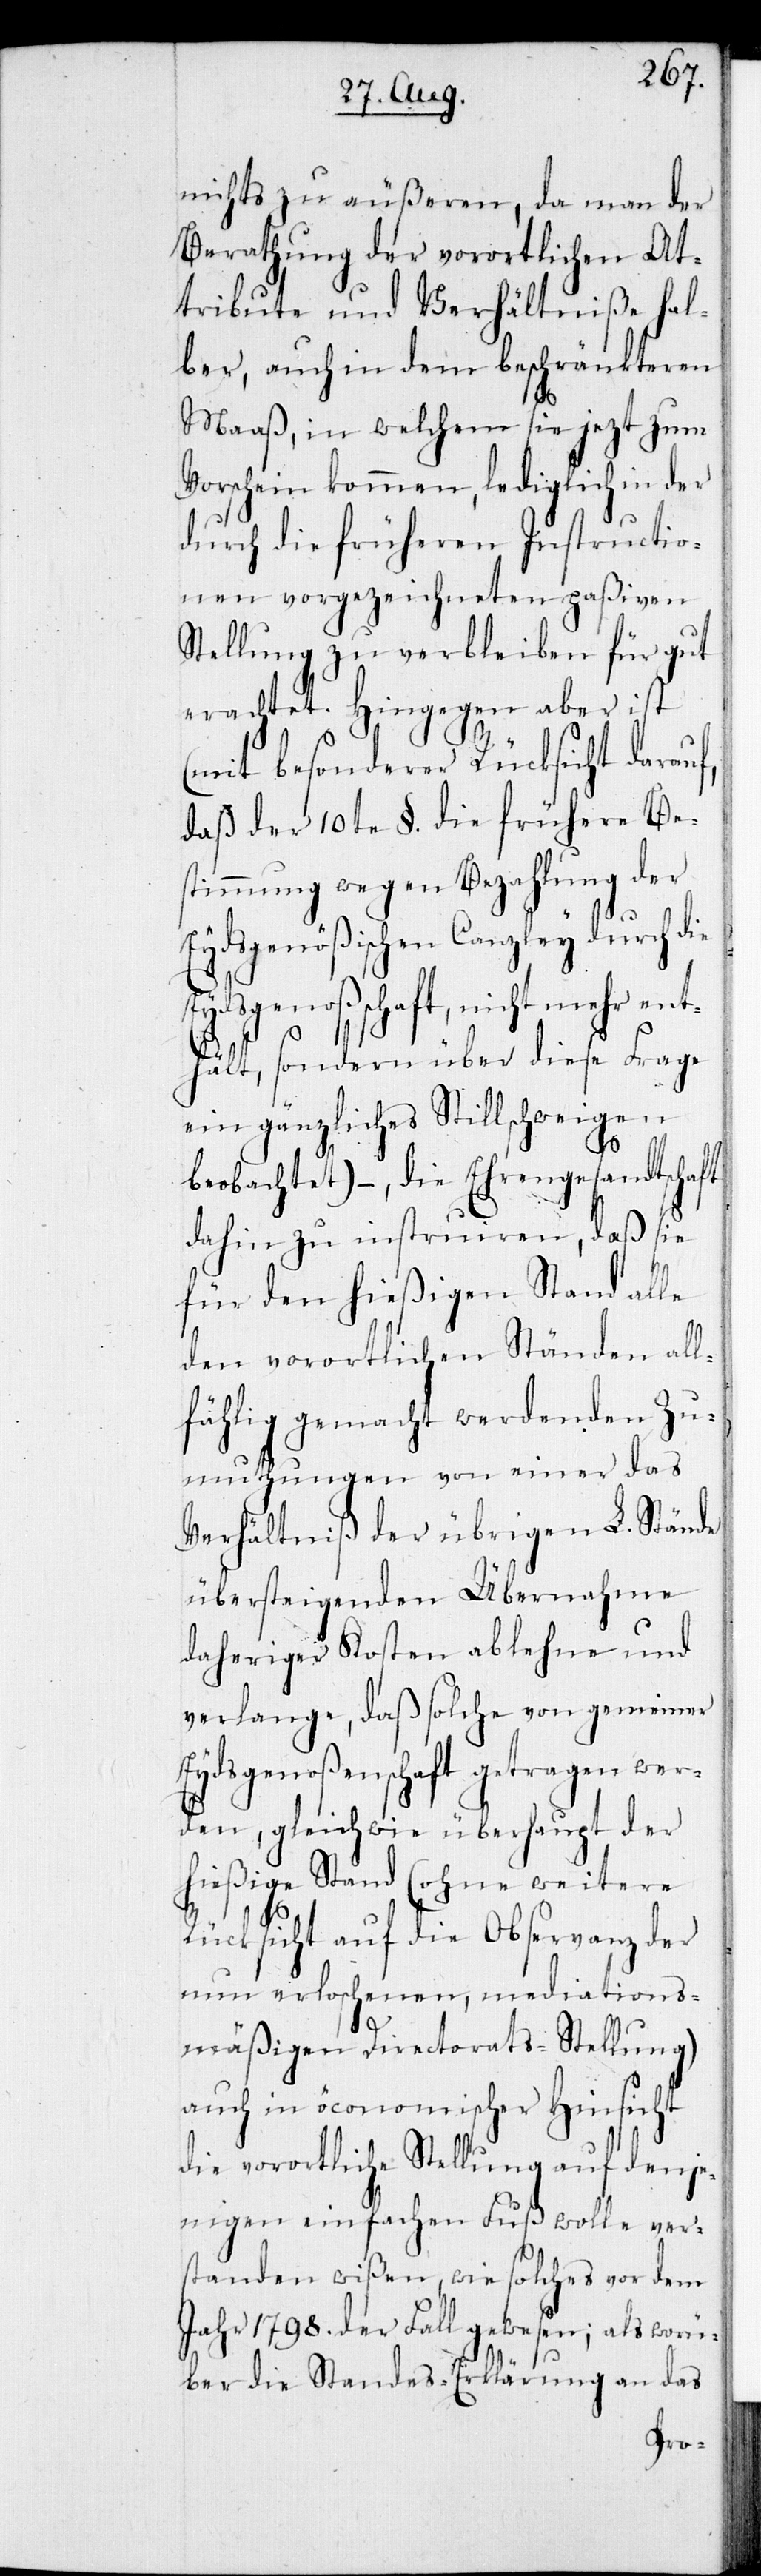
nichts zu äußeren, da man der
Berathung der vorortlichen At¬
tribute und Verhältniße hal¬
ber, auch in dem beschränkteren
Maaß, in welchem sie jezt zum
Vorschein kommen, lediglich in der
durch die früheren Instructio¬
nen vorgezeichneten paßiven
Stellung zu verbleiben für gut
erachtet. Hingegen aber ist
(mit besonderer Rücksicht darauf,
daß der 10te §. die frühere Be¬
stimmung wegen Bezahlung der
Eydsgenößischen Canzley durch die
Eydsgenoßschaft, nicht mehr ent¬
hält, sondern über diese Frage
ein gänzliches Stillschweigen
beobachtet) – , die Ehrengesandtschaft
dahin zu instruiren, daß sie
für den hießigen Stand alle
den vorortlichen Ständen all¬
fählig gemacht werdenden Zu¬
muthungen von einer das
Verhältniß der übrigen L. Stände
übersteigenden Übernahme
daheriger Kosten ablehne und
verlange, daß solche von gemeiner
Eydsgenoßenschaft getragen wer¬
den, gleichwie überhaupt der
hießige Stand (ohne weitere
Rücksicht auf die Observanz der
nun erloschenen, mediations¬
mäßigen Directorats-Stellung)
auch in öconomischer Hinsicht
die vorortliche Stellung auf denje¬
nigen einfachen Fuß wolle ver¬
standen wißen, wie solches vor dem
Jahr 1798. der Fall gewesen; als wor¬
über die Standes-Erklärung an das